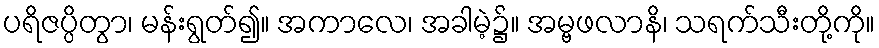
ပရိဇပ္ပိတွာ၊ မန်းရွတ်၍။ အကာလေ၊ အခါမဲ့၌။ အမ္ဗဖလာနိ၊ သရက်သီးတို့ကို။